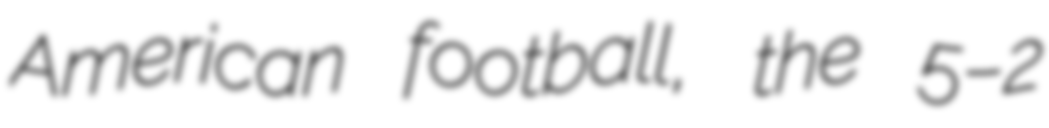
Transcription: American football, the 5–2